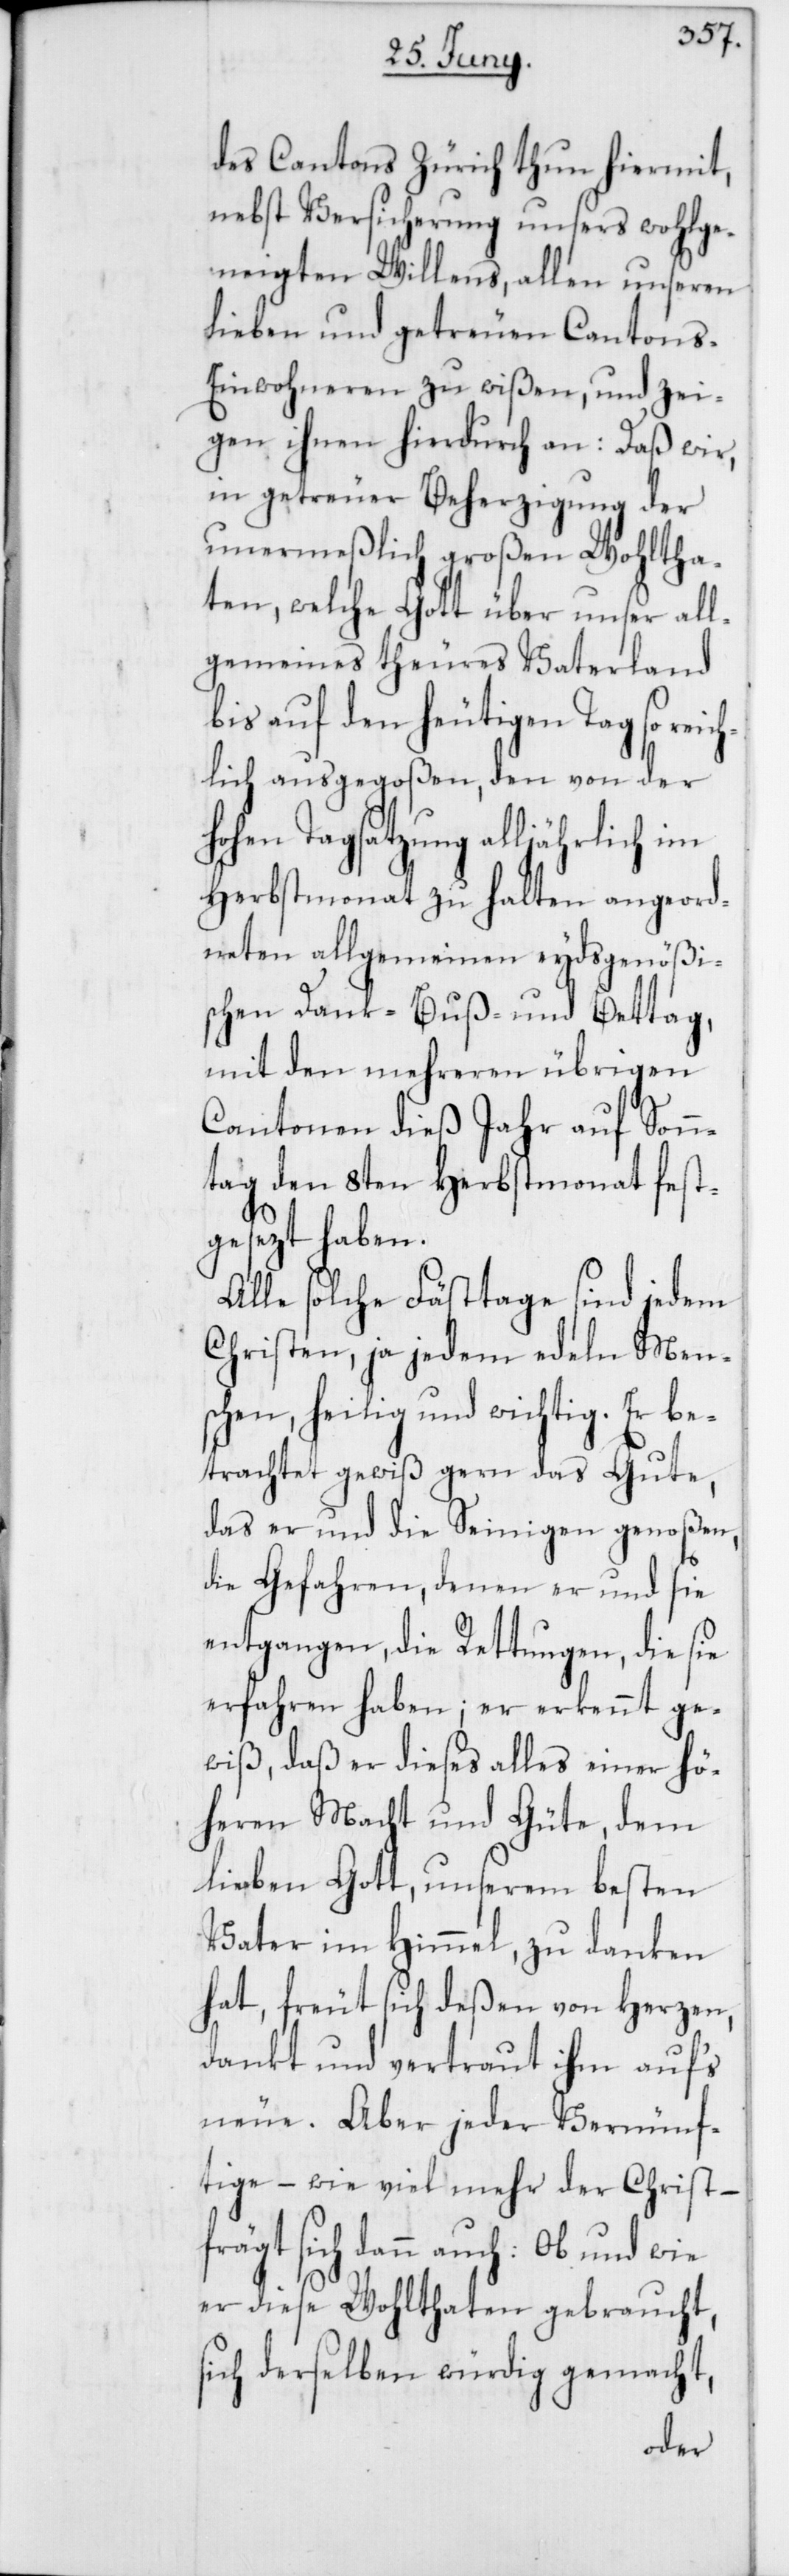
des Cantons Zürich thun hiermit,
nebst Versicherung unsers wohlge¬
neigten Willens, allen unseren
lieben und getreuen Cantons-E¬
inwohneren zu wißen, und zei¬
gen ihnen hierdurch an: Daß wir,
in getreuer Beherzigung der
unermeßlich großen Wohltha¬
ten, welche Gott über unser all¬
gemeines theures Vaterland
bis auf den heutigen Tag so re¬
ichlich ausgegoßen, den von der
hohen Tagsatzung alljährlich im
Herbstmonat zu halten angeord¬
neten allgemeinen eydsgenößi¬
schen Dank- Buß- und Bettag,
mit den mehreren übrigen
Cantonen dieß Jahr auf Sonn¬
tag den 8ten Herbstmonat fest¬
gesezt haben.
Alle solche Fästtage sind jedem
Christen, ja jedem edeln Men¬
schen, heilig und wichtig. Er be¬
trachtet gewiß gern das Gute,
das er und die Seinigen genoßen,
die Gefahren, denen er und sie
entgangen; die Rettungen, die sie
erfahren haben; er erkennt ge¬
wiß, daß er dieses alles einer hö¬
heren Macht und Güte, dem
lieben Gott, unserem besten
Vater im Himmel, zu danken
hat, freut sich deßen von Herzen,
dankt und vertraut ihm auf‘s
neue. Aber jeder Vernünf¬
tige – wie viel mehr der Christ –
frägt sich dann auch: Ob und wie
er diese Wohlthaten gebraucht,
sich derselben würdig gemacht,